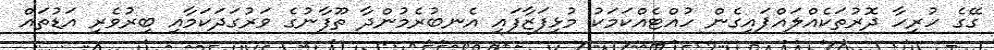
ގޭގެ ހުރިހާ ދޮރުތަކެއްލައްޕައިގެން ހުއްޓެއްކަމަކު މުޅިފަޒާފައި އެނބުރެމުންދާ ތޫފާނުގެ ވަރުގަދަކަމާއި ބިރުވެރި އަޑުތައް